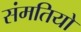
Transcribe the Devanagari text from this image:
संमतियो